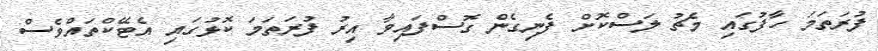
ފުރަތަމަ ހާފުގައި މެޗު ލަސްކޮށް ފެނިގެން ގޮސްފައިވާ އިރު ފުރަތަމަ ކޮޅުގައި އެޓޭކްތައްވެސް